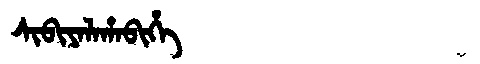
Manchu: ᠰᡳᠪᡳᠶᠠᠯᠠᡥᠠᠪᡳᡥᡝ
Romanization: SIBIYALAHABIHE